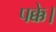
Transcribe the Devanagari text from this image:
पक्के।